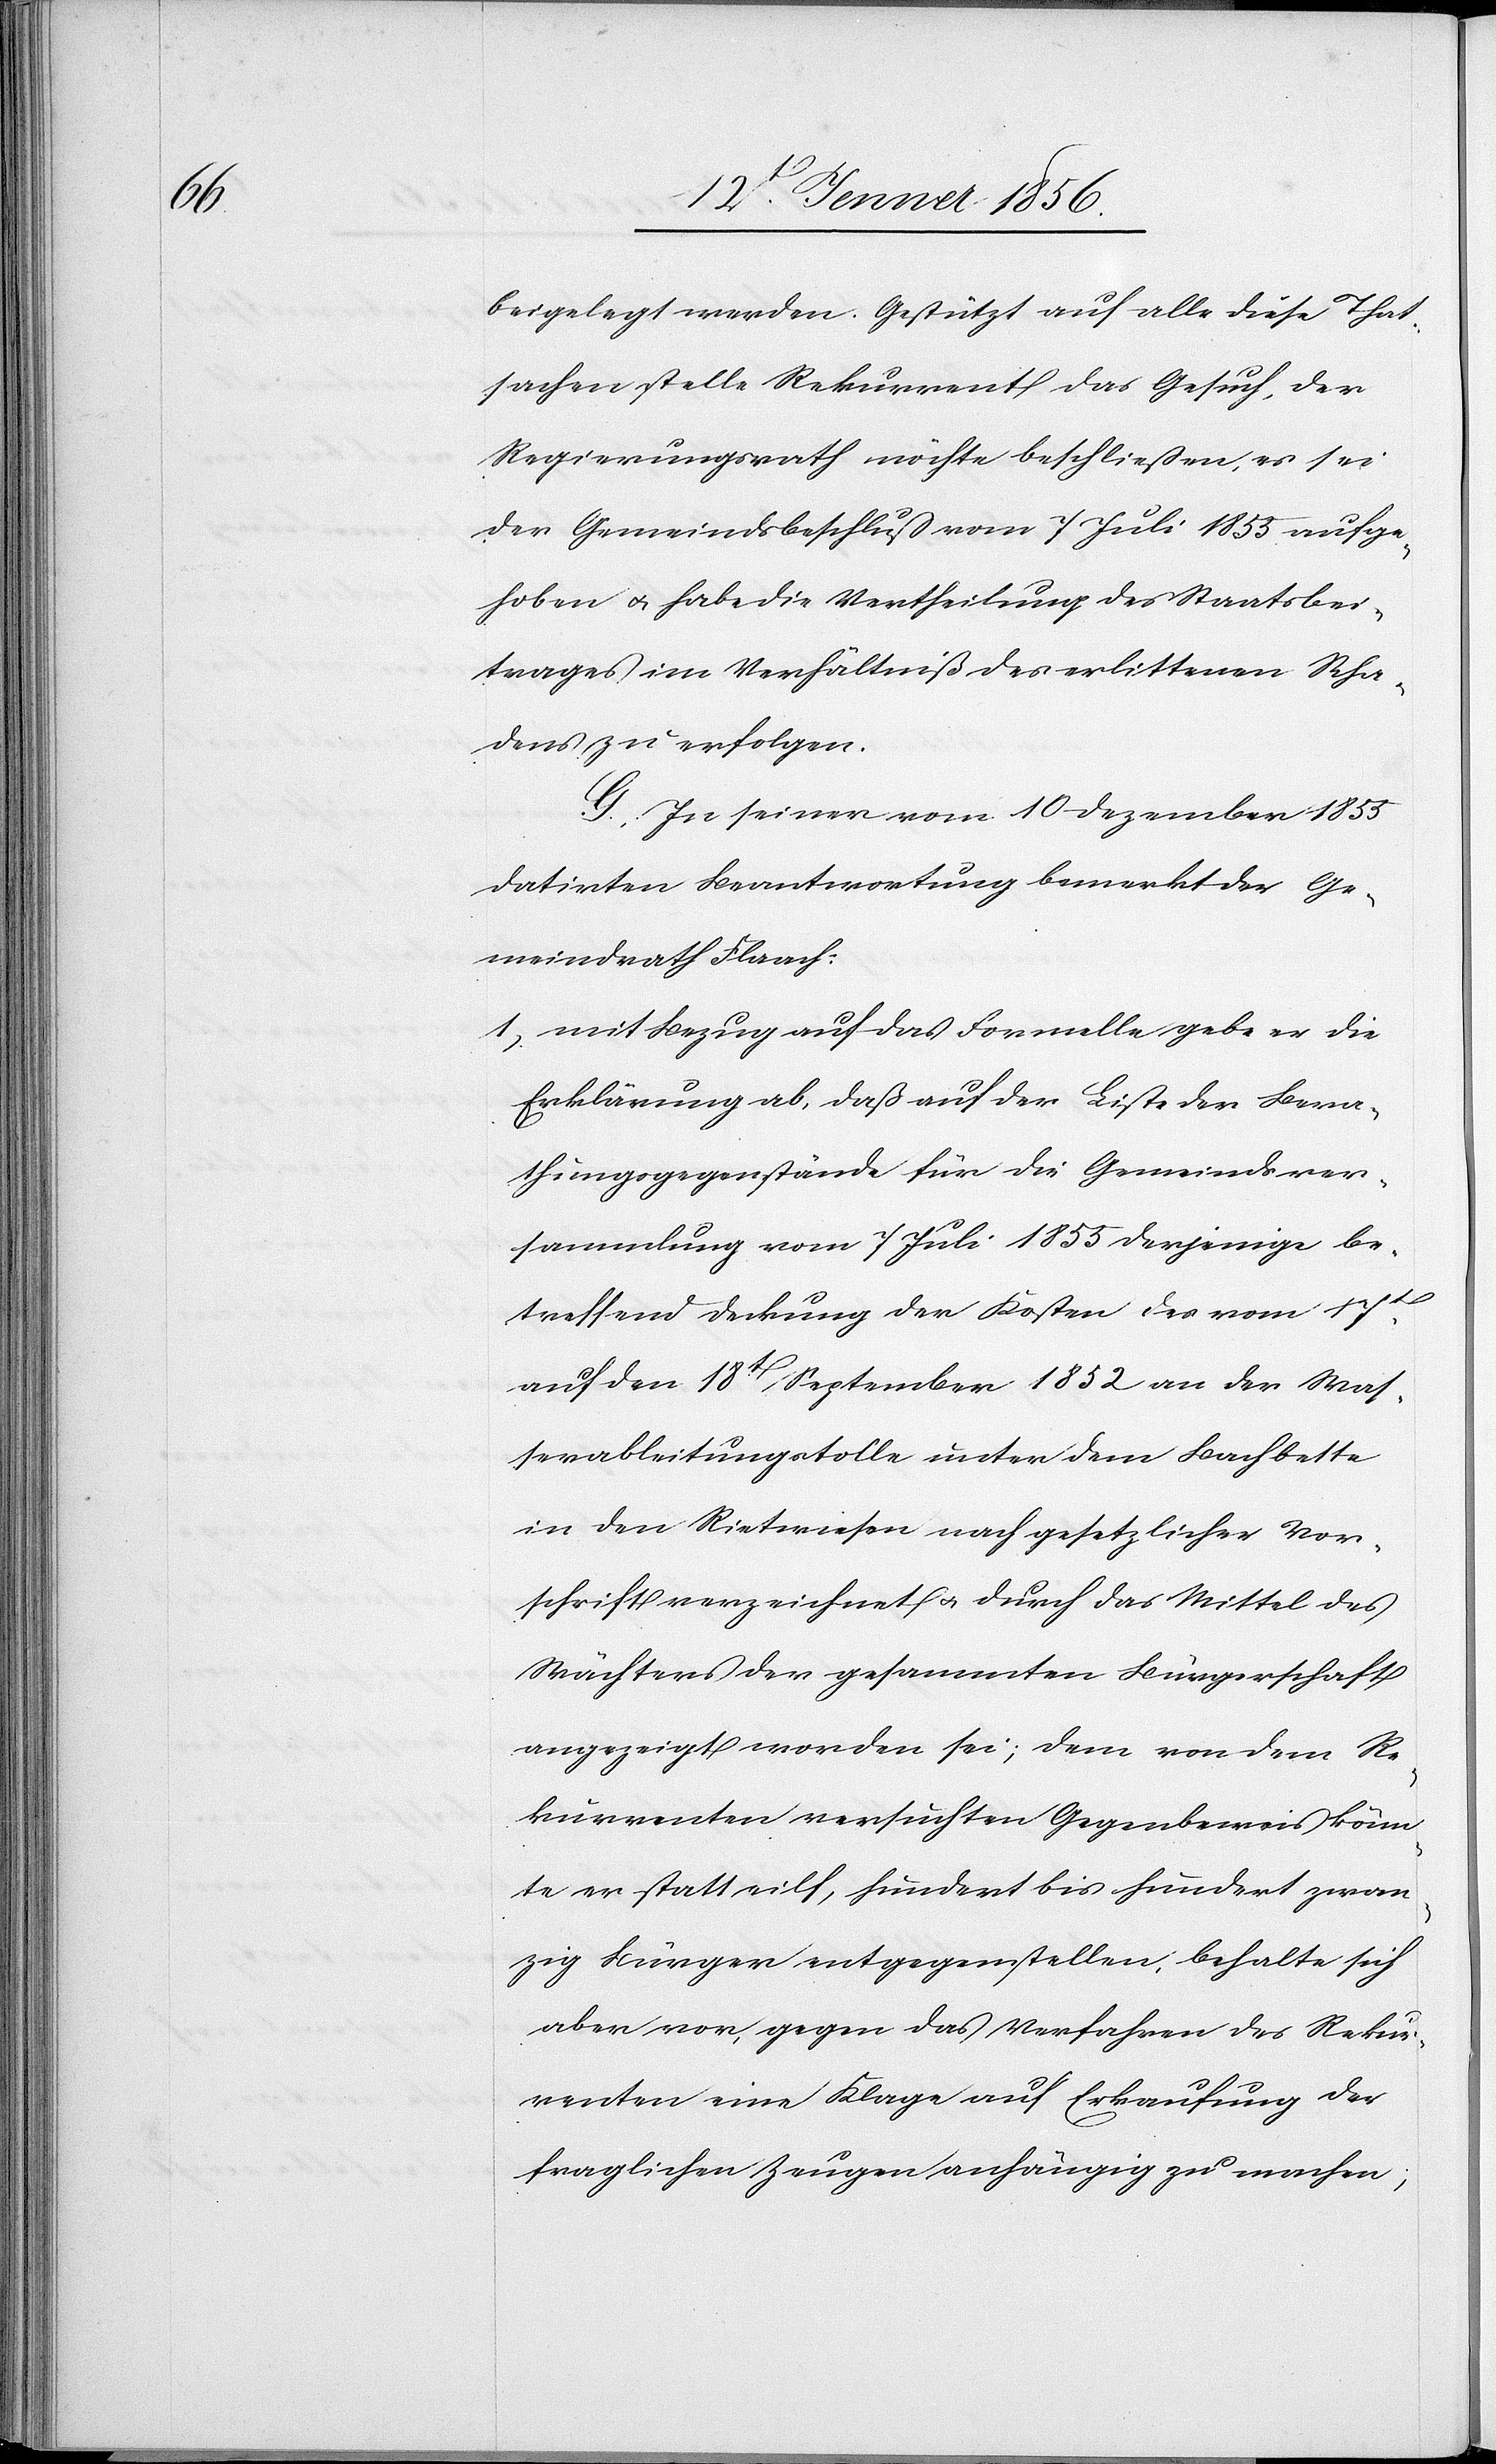
beigelegt werden. Gestützt auf alle diese That¬
sachen stelle Rekurrent das Gesuch, der
Regierungsrath möchte beschließen, es sei
der Gemeindsbeschluß vom 7 Juli 1853 aufge¬
hoben u. habe die Vertheilung des Staatsbei¬
trages im Verhältniß des erlittenen Scha¬
dens zu erfolgen.
G. In seiner vom 10 Dezember 1853
datirten Beantwortung bemerkt der Ge¬
meindrath Flaach:
1, mit Bezug auf das Formelle gebe er die
Erklärung ab, daß auf der Liste der Bera¬
thungsgegenstände für die Gemeindsver¬
sammlung vom 7 Juli 1855 derjenige be¬
treffend Deckung der Kosten des vom 17t
auf den 18t September 1852 an der Was¬
serableitungstolle unter dem Bachbette
in den Rietwiesen nach gesetzlicher Vor¬
schrift verzeichnet u. durch das Mittel des
Wächters der gesammten Bürgerschaft
angezeigt worden sei; dem von dem Re¬
kurrenten versuchten Gegenbeweis könn¬
e er statt eilf, hundert bis hundert zwan¬
zig Bürger entgegenstellen, behalte sich
aber vor, gegen das Verfahren des Rekur¬
renten eine Klage auf Erkaufung der
fraglichen Zeugen anhängig zu machen;